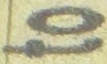
to